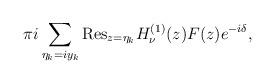
LaTeX: \begin{align*}\pi i\sum_{\eta _{k}=iy_k}{\mathrm{Res}}_{z=\eta _k}H^{(1)}_\nu (z)F(z)e^{-i\delta } ,\end{align*}